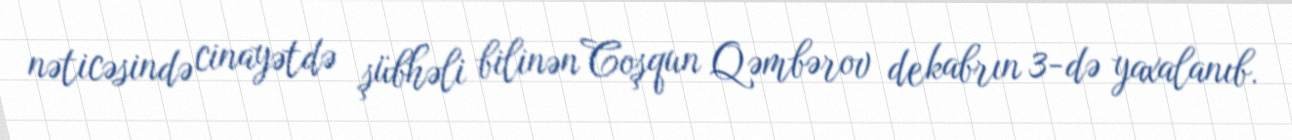
nəticəsində cinayətdə şübhəli bilinən Coşqun Qəmbərov dekabrın 3-də yaxalanıb.